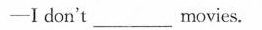
——I don't ___ movies.